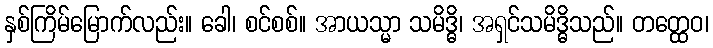
နှစ်ကြိမ်မြောက်လည်း။ ခေါ၊ စင်စစ်။ အာယသ္မာ သမိဒ္ဓိ၊ အရှင်သမိဒ္ဓိသည်။ တတ္ထေဝ၊